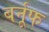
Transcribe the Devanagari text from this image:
बर्नूफ